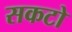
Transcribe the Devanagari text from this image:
सकटो